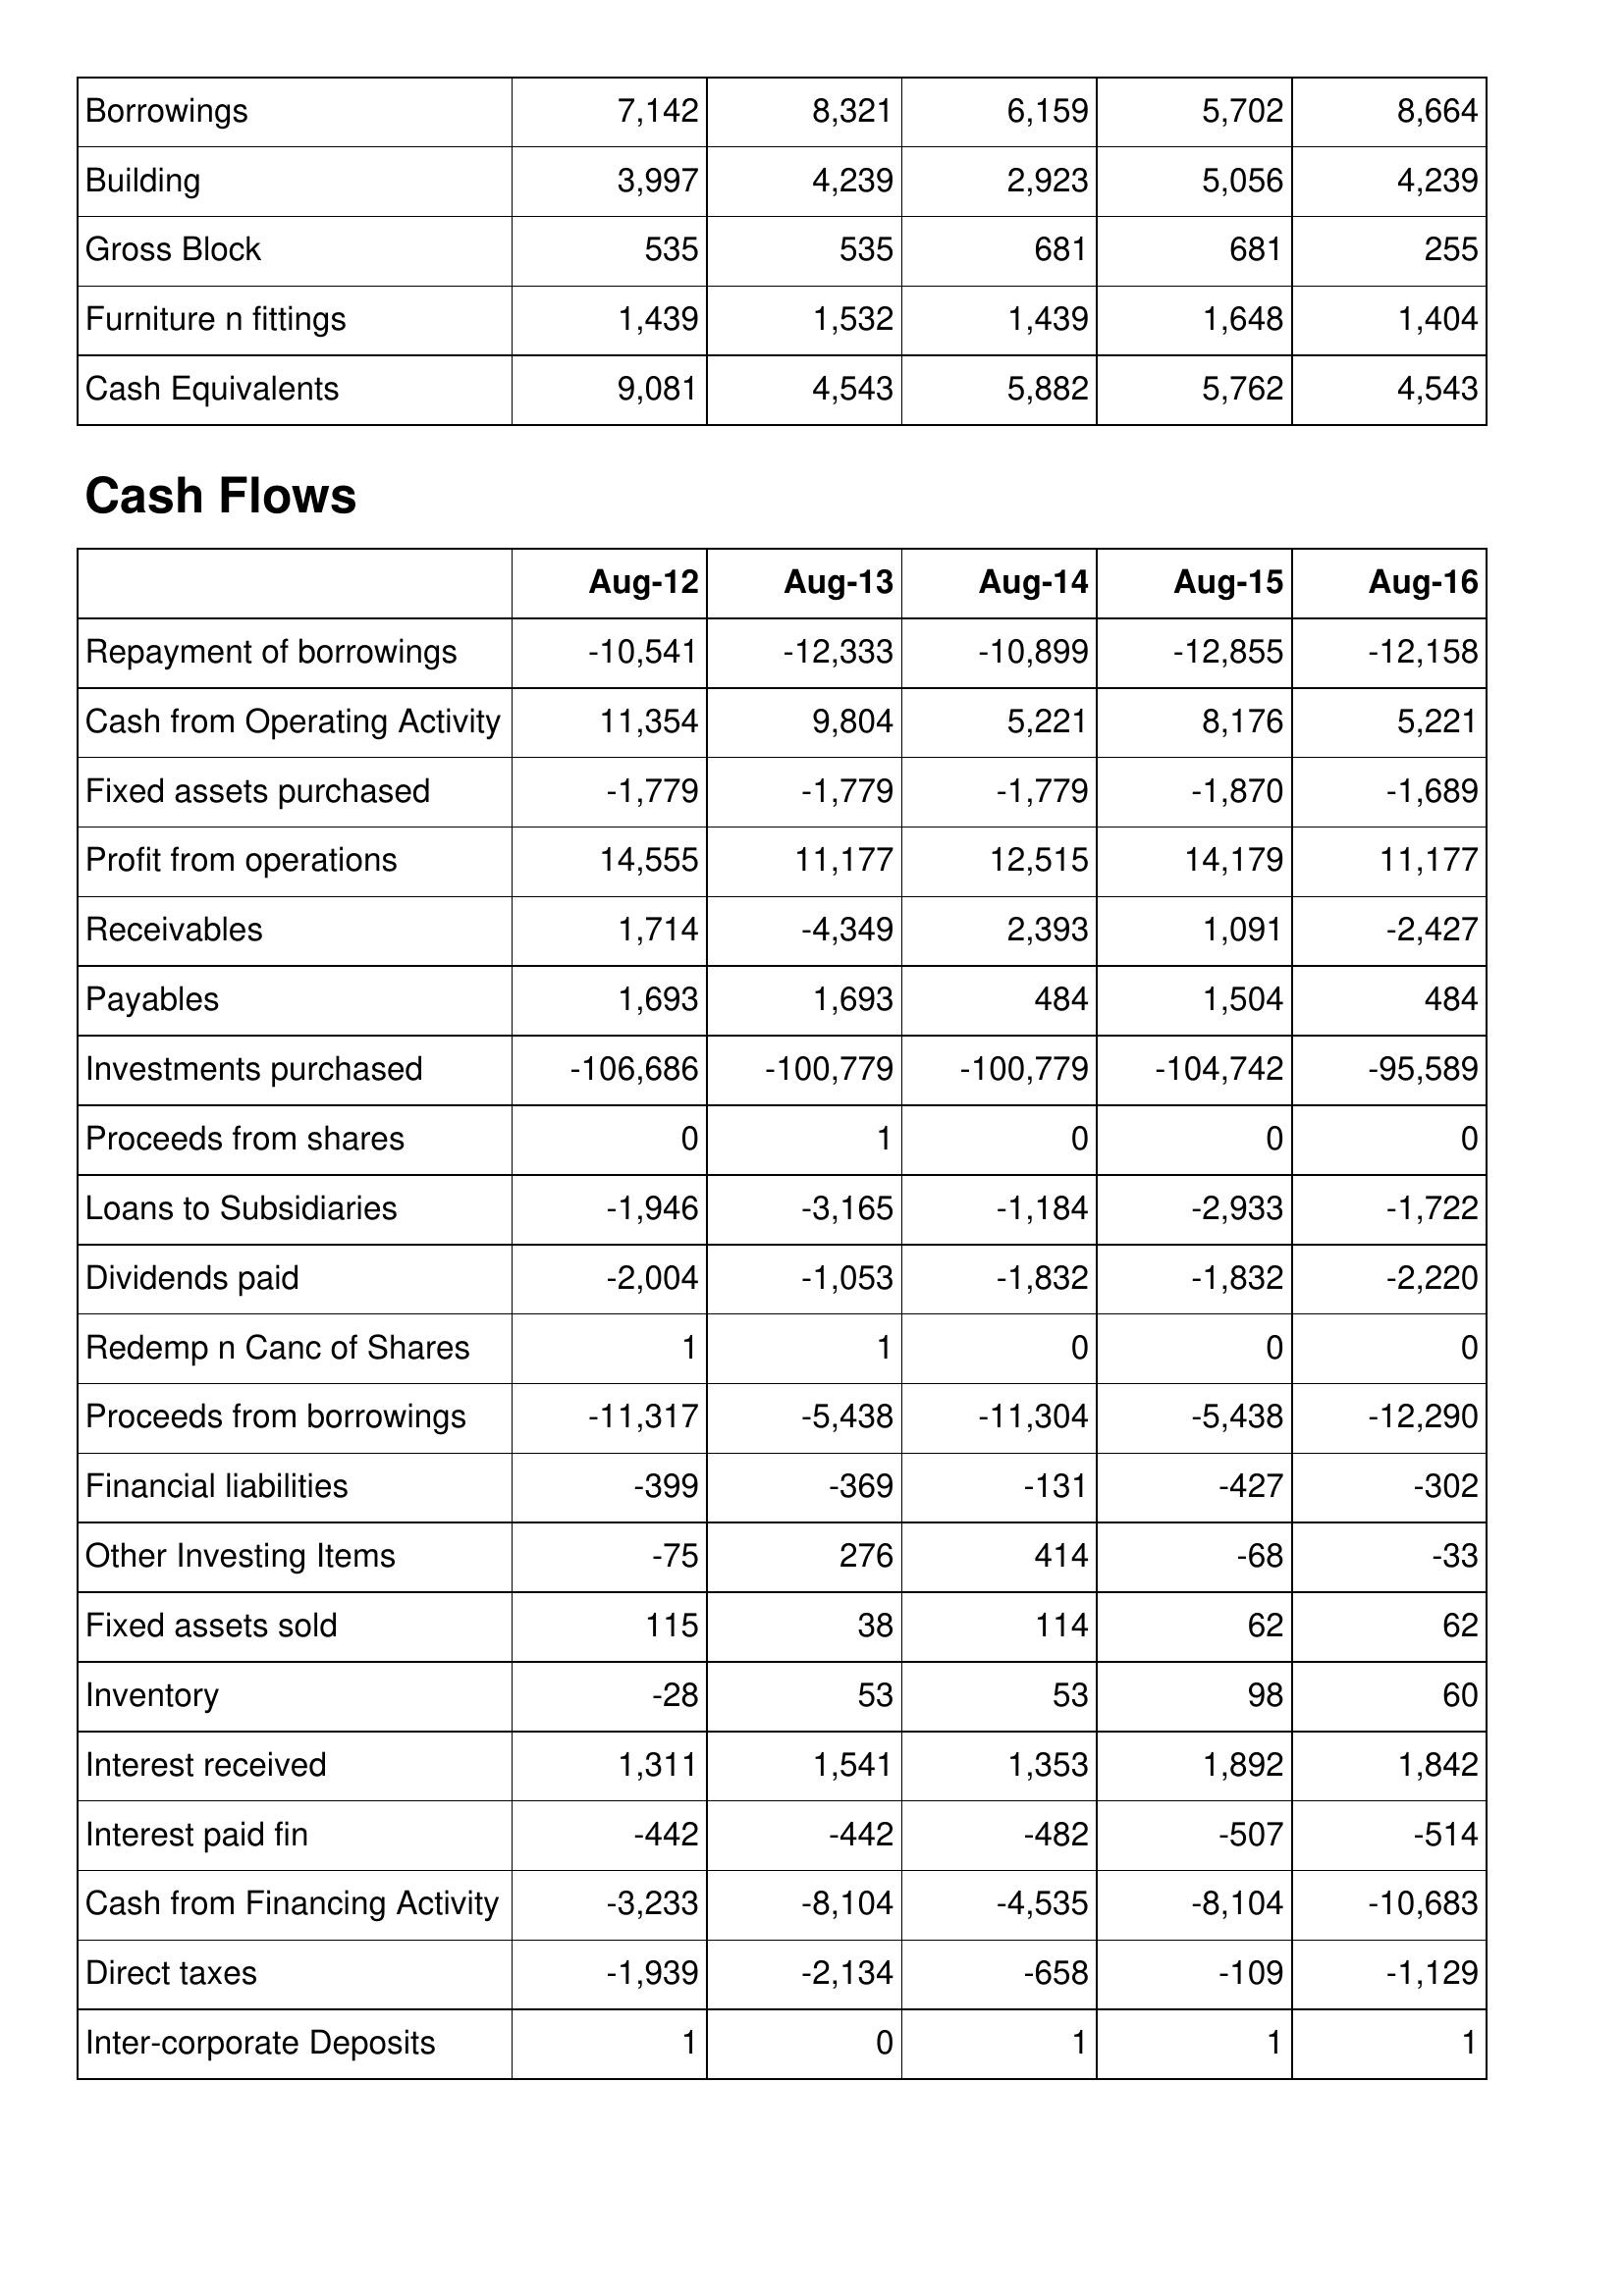
Aug-12: Balance Sheet: Borrowings: 7,142
Building: 3,997
Gross Block: 535
Furniture n fittings: 1,439
Cash Equivalents: 9,081
Cash Flows: Repayment of borrowings: -10,541
Cash from Operating Activity: 11,354
Fixed assets purchased: -1,779
Profit from operations: 14,555
Receivables: 1,714
Payables: 1,693
Investments purchased: -106,686
Proceeds from shares: 0
Loans to Subsidiaries: -1,946
Dividends paid: -2,004
Redemp n Canc of Shares: 1
Proceeds from borrowings: -11,317
Financial liabilities: -399
Other Investing Items: -75
Fixed assets sold: 115
Inventory: -28
Interest received: 1,311
Interest paid fin: -442
Cash from Financing Activity: -3,233
Direct taxes: -1,939
Inter-corporate Deposits: 1
Aug-13: Balance Sheet: Borrowings: 8,321
Building: 4,239
Gross Block: 535
Furniture n fittings: 1,532
Cash Equivalents: 4,543
Cash Flows: Repayment of borrowings: -12,333
Cash from Operating Activity: 9,804
Fixed assets purchased: -1,779
Profit from operations: 11,177
Receivables: -4,349
Payables: 1,693
Investments purchased: -100,779
Proceeds from shares: 1
Loans to Subsidiaries: -3,165
Dividends paid: -1,053
Redemp n Canc of Shares: 1
Proceeds from borrowings: -5,438
Financial liabilities: -369
Other Investing Items: 276
Fixed assets sold: 38
Inventory: 53
Interest received: 1,541
Interest paid fin: -442
Cash from Financing Activity: -8,104
Direct taxes: -2,134
Inter-corporate Deposits: 0
Aug-14: Balance Sheet: Borrowings: 6,159
Building: 2,923
Gross Block: 681
Furniture n fittings: 1,439
Cash Equivalents: 5,882
Cash Flows: Repayment of borrowings: -10,899
Cash from Operating Activity: 5,221
Fixed assets purchased: -1,779
Profit from operations: 12,515
Receivables: 2,393
Payables: 484
Investments purchased: -100,779
Proceeds from shares: 0
Loans to Subsidiaries: -1,184
Dividends paid: -1,832
Redemp n Canc of Shares: 0
Proceeds from borrowings: -11,304
Financial liabilities: -131
Other Investing Items: 414
Fixed assets sold: 114
Inventory: 53
Interest received: 1,353
Interest paid fin: -482
Cash from Financing Activity: -4,535
Direct taxes: -658
Inter-corporate Deposits: 1
Aug-15: Balance Sheet: Borrowings: 5,702
Building: 5,056
Gross Block: 681
Furniture n fittings: 1,648
Cash Equivalents: 5,762
Cash Flows: Repayment of borrowings: -12,855
Cash from Operating Activity: 8,176
Fixed assets purchased: -1,870
Profit from operations: 14,179
Receivables: 1,091
Payables: 1,504
Investments purchased: -104,742
Proceeds from shares: 0
Loans to Subsidiaries: -2,933
Dividends paid: -1,832
Redemp n Canc of Shares: 0
Proceeds from borrowings: -5,438
Financial liabilities: -427
Other Investing Items: -68
Fixed assets sold: 62
Inventory: 98
Interest received: 1,892
Interest paid fin: -507
Cash from Financing Activity: -8,104
Direct taxes: -109
Inter-corporate Deposits: 1
Aug-16: Balance Sheet: Borrowings: 8,664
Building: 4,239
Gross Block: 255
Furniture n fittings: 1,404
Cash Equivalents: 4,543
Cash Flows: Repayment of borrowings: -12,158
Cash from Operating Activity: 5,221
Fixed assets purchased: -1,689
Profit from operations: 11,177
Receivables: -2,427
Payables: 484
Investments purchased: -95,589
Proceeds from shares: 0
Loans to Subsidiaries: -1,722
Dividends paid: -2,220
Redemp n Canc of Shares: 0
Proceeds from borrowings: -12,290
Financial liabilities: -302
Other Investing Items: -33
Fixed assets sold: 62
Inventory: 60
Interest received: 1,842
Interest paid fin: -514
Cash from Financing Activity: -10,683
Direct taxes: -1,129
Inter-corporate Deposits: 1